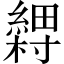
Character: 𬗽